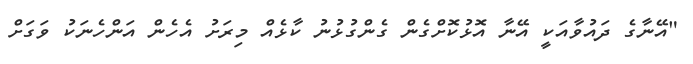
"އޭނާގެ ދައުވާއަކީ އޭނާ އޮޅުކޮށްގެން ގެންގުޅުނު ކާޅެއް މިރަށު އެހެން އަންހެނަކު ވަގަށް